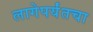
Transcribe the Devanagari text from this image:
लागेपर्यंतचा